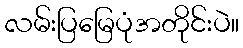
လမ်းပြမြေပုံအတိုင်းပဲ။